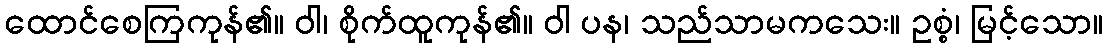
ထောင်စေကြကုန်၏။ ဝါ၊ စိုက်ထူကုန်၏။ ဝါ ပန၊ သည်သာမကသေး။ ဥစ္စံ၊ မြင့်သော။